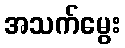
အသက်မွေး